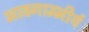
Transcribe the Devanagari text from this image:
भावगाम्भीर्य